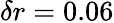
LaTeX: \delta r=0.06